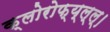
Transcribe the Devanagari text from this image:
क्लोरोफ्य्ल्ल्।